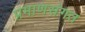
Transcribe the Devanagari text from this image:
प्रमाणसंगत